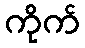
ကိုက်